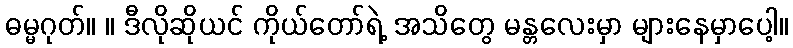
ဓမ္မဂုတ်။ ။ ဒီလိုဆိုယင် ကိုယ်တော်ရဲ့ အသိတွေ မန္တလေးမှာ များနေမှာပေါ့။